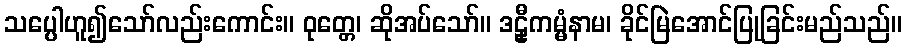
သပ္ပေါဟူ၍သော်လည်းကောင်း။ ဝုတ္တေ၊ ဆိုအပ်သော်။ ဒဠှီကမ္မံနာမ၊ ခိုင်မြဲအောင်ပြုခြင်းမည်သည်။